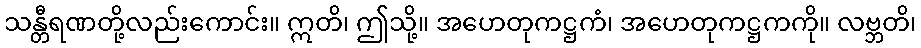
သန္တီရဏတို့လည်းကောင်း။ ဣတိ၊ ဤသို့။ အဟေတုကဋ္ဌကံ၊ အဟေတုကဋ္ဌကကို။ လဗ္ဘတိ၊